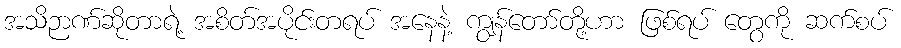
အသိဉာဏ်ဆိုတာရဲ့ အစိတ်အပိုင်းတရပ် အနေနဲ့ ကျွန်တော်တို့ဟာ ဖြစ်ရပ် တွေကို ဆက်စပ်